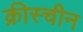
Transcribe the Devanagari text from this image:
क्रीस्चीन